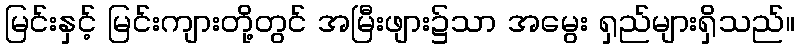
မြင်းနှင့် မြင်းကျားတို့တွင် အမြီးဖျား၌သာ အမွေး ရှည်များရှိသည်။